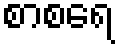
စာစရေ